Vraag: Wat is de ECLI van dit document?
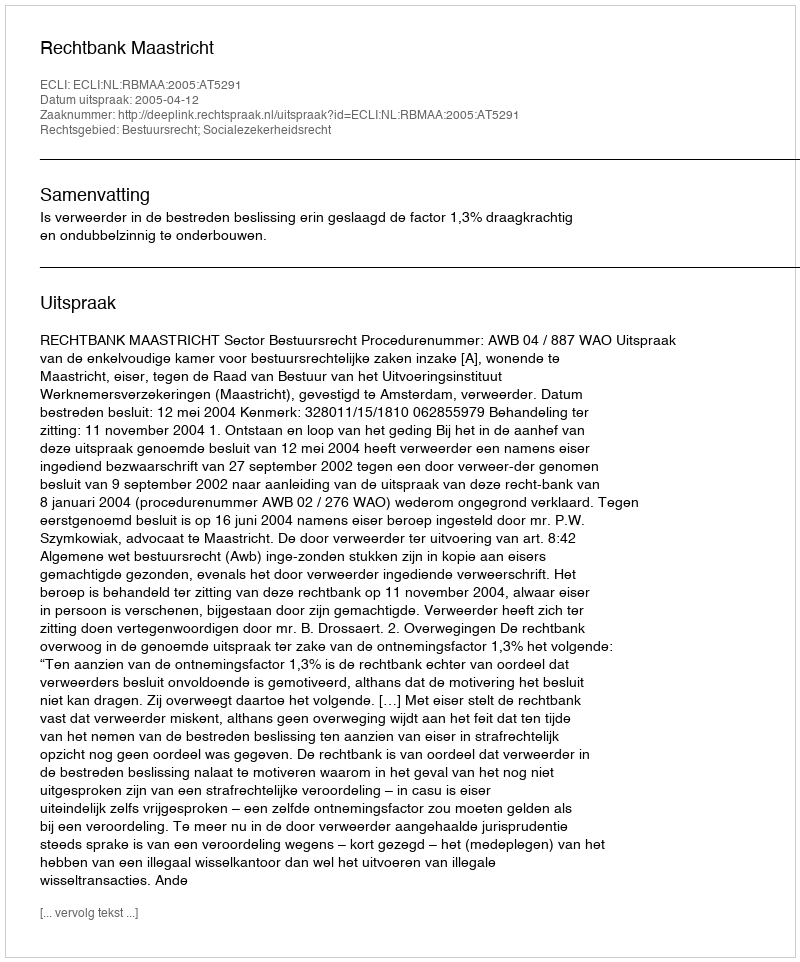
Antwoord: ECLI:NL:RBMAA:2005:AT5291